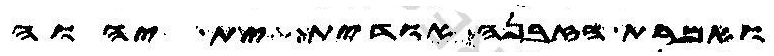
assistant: ואמרת הזבנה אודית ית יהוה